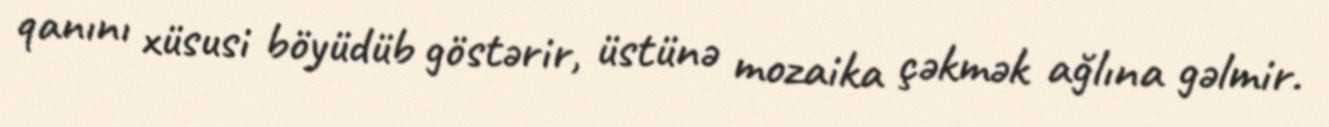
qanını xüsusi böyüdüb göstərir, üstünə mozaika çəkmək ağlına gəlmir.